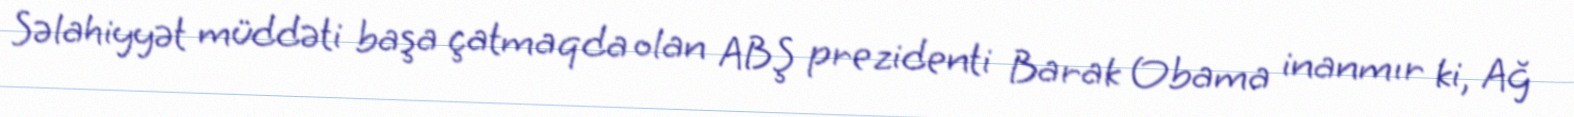
Səlahiyyət müddəti başa çatmaqda olan ABŞ prezidenti Barak Obama inanmır ki, Ağ